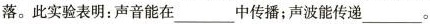
落。此实验表明：声音能在___中传播；声波能传递___。